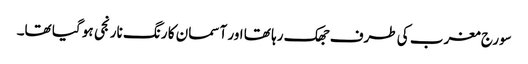
سورج مغرب کی طرف جھک رہا تھا اور آسمان کا رنگ نارنجی ہو گیا تھا۔